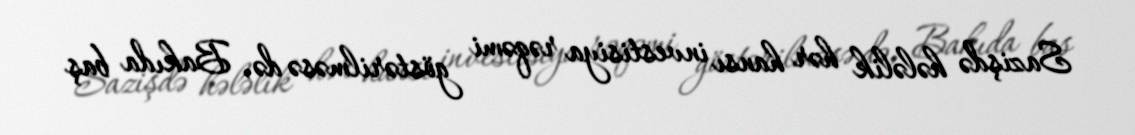
Sazişdə hələlik hər hansı investisiya rəqəmi göstərilməsə də, Bakıda baş